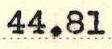
44.81